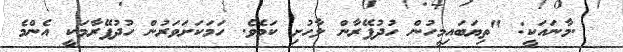
.މާނައަކީ: "ތިޔަބައިމީހުން ހުދުފޭރާން ލާހުށި ކަމެވެ. ހަމަކަށަވަރުން ހުދުފޭރާމަކީ އެންމެ